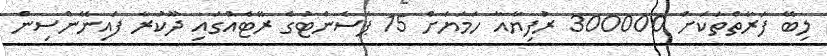
ލިބޭ ފަރާތްތަކަށް 300000 ރުފިޔާއާ ހަމަޔަށް 15 ޕަސެންޓުގެ ރޭޓެއްގައި ދޫކުރާ ފައިނޭންސިން